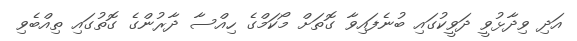
އަދި ވިދާޅުވީ ދަވީކުގައި ބުނެފައިވާ ގޮތަށް މޯކަމްގެ ހިއްސާ ދާރުންގެ ގޮތުގައި ތިއްބެވި